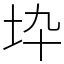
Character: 𡉻